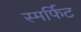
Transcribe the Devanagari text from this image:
स्मर्फिट